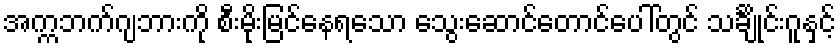
အက္ကဘက်ဂျဘားကို စီးမိုးမြင်နေရသော သွေးဆောင်တောင်ပေါ်တွင် သင်္ချိုင်းဂူနှင့်